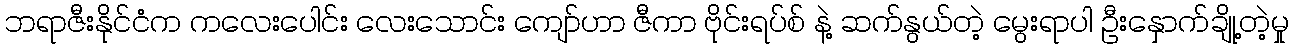
ဘရာဇီးနိုင်ငံက ကလေးပေါင်း လေးသောင်း ကျော်ဟာ ဇီကာ ဗိုင်းရပ်စ် နဲ့ ဆက်နွယ်တဲ့ မွေးရာပါ ဦးနှောက်ချို့တဲ့မှု